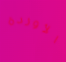
الأوردة